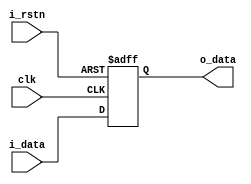
module dff_neg
(
	input		i_rstn,
	input		clk,
	input		i_data,
	output reg	o_data
);


always @(posedge clk or negedge i_rstn) begin
	if(!i_rstn) begin
		o_data <= 1'b0;
	end else begin
		o_data <= i_data;
	end
end

endmodule


module dff_pos
(
	input		i_rstn,
	input		clk,
	input		i_data,
	output reg	o_data
);


always @(posedge clk or posedge i_rstn) begin
	if(!i_rstn) begin
		o_data <= 1'b0;
	end else begin
		o_data <= i_data;
	end
end

endmodule